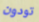
تودون